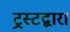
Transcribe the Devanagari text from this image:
ट्रस्टद्वारा